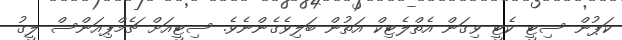
ކަޕުން ސިޓީ ކެޓީ ވިގަން އެތްލެޓިކް އަތުން ބަލިވެގެންނެވެ. ސިޓީއަށް ޗެމްޕިއަންސް ލީގު